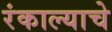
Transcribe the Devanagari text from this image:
रंकाल्याचे